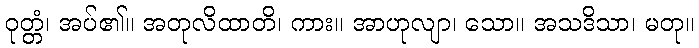
ဝုတ္တံ၊ အပ်၏။ အတုလိထာတိ၊ ကား။ အာဟုလျာ၊ သော။ အသဒိသာ၊ မတု။